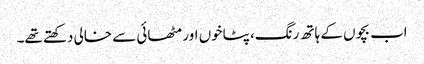
اب بچوں کے ہاتھ رنگ، پٹاخوں اور مٹھائی سے خالی دکھتے تھے۔